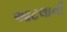
આટલાની